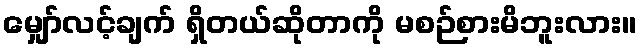
မျှော်လင့်ချက် ရှိတယ်ဆိုတာကို မစဉ်စားမိဘူးလား။